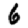
Digit: 6